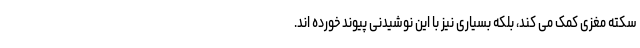
سکته مغزی کمک می کند، بلکه بسیاری نیز با این نوشیدنی پیوند خورده اند.